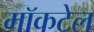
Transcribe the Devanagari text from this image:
मॉकटेल